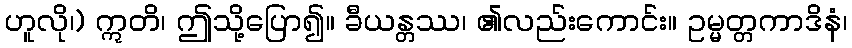
ဟူလို၊) ဣတိ၊ ဤသို့ပြော၍။ ခီယန္တဿ၊ ၏လည်းကောင်း။ ဥမ္မတ္တကာဒိနံ၊